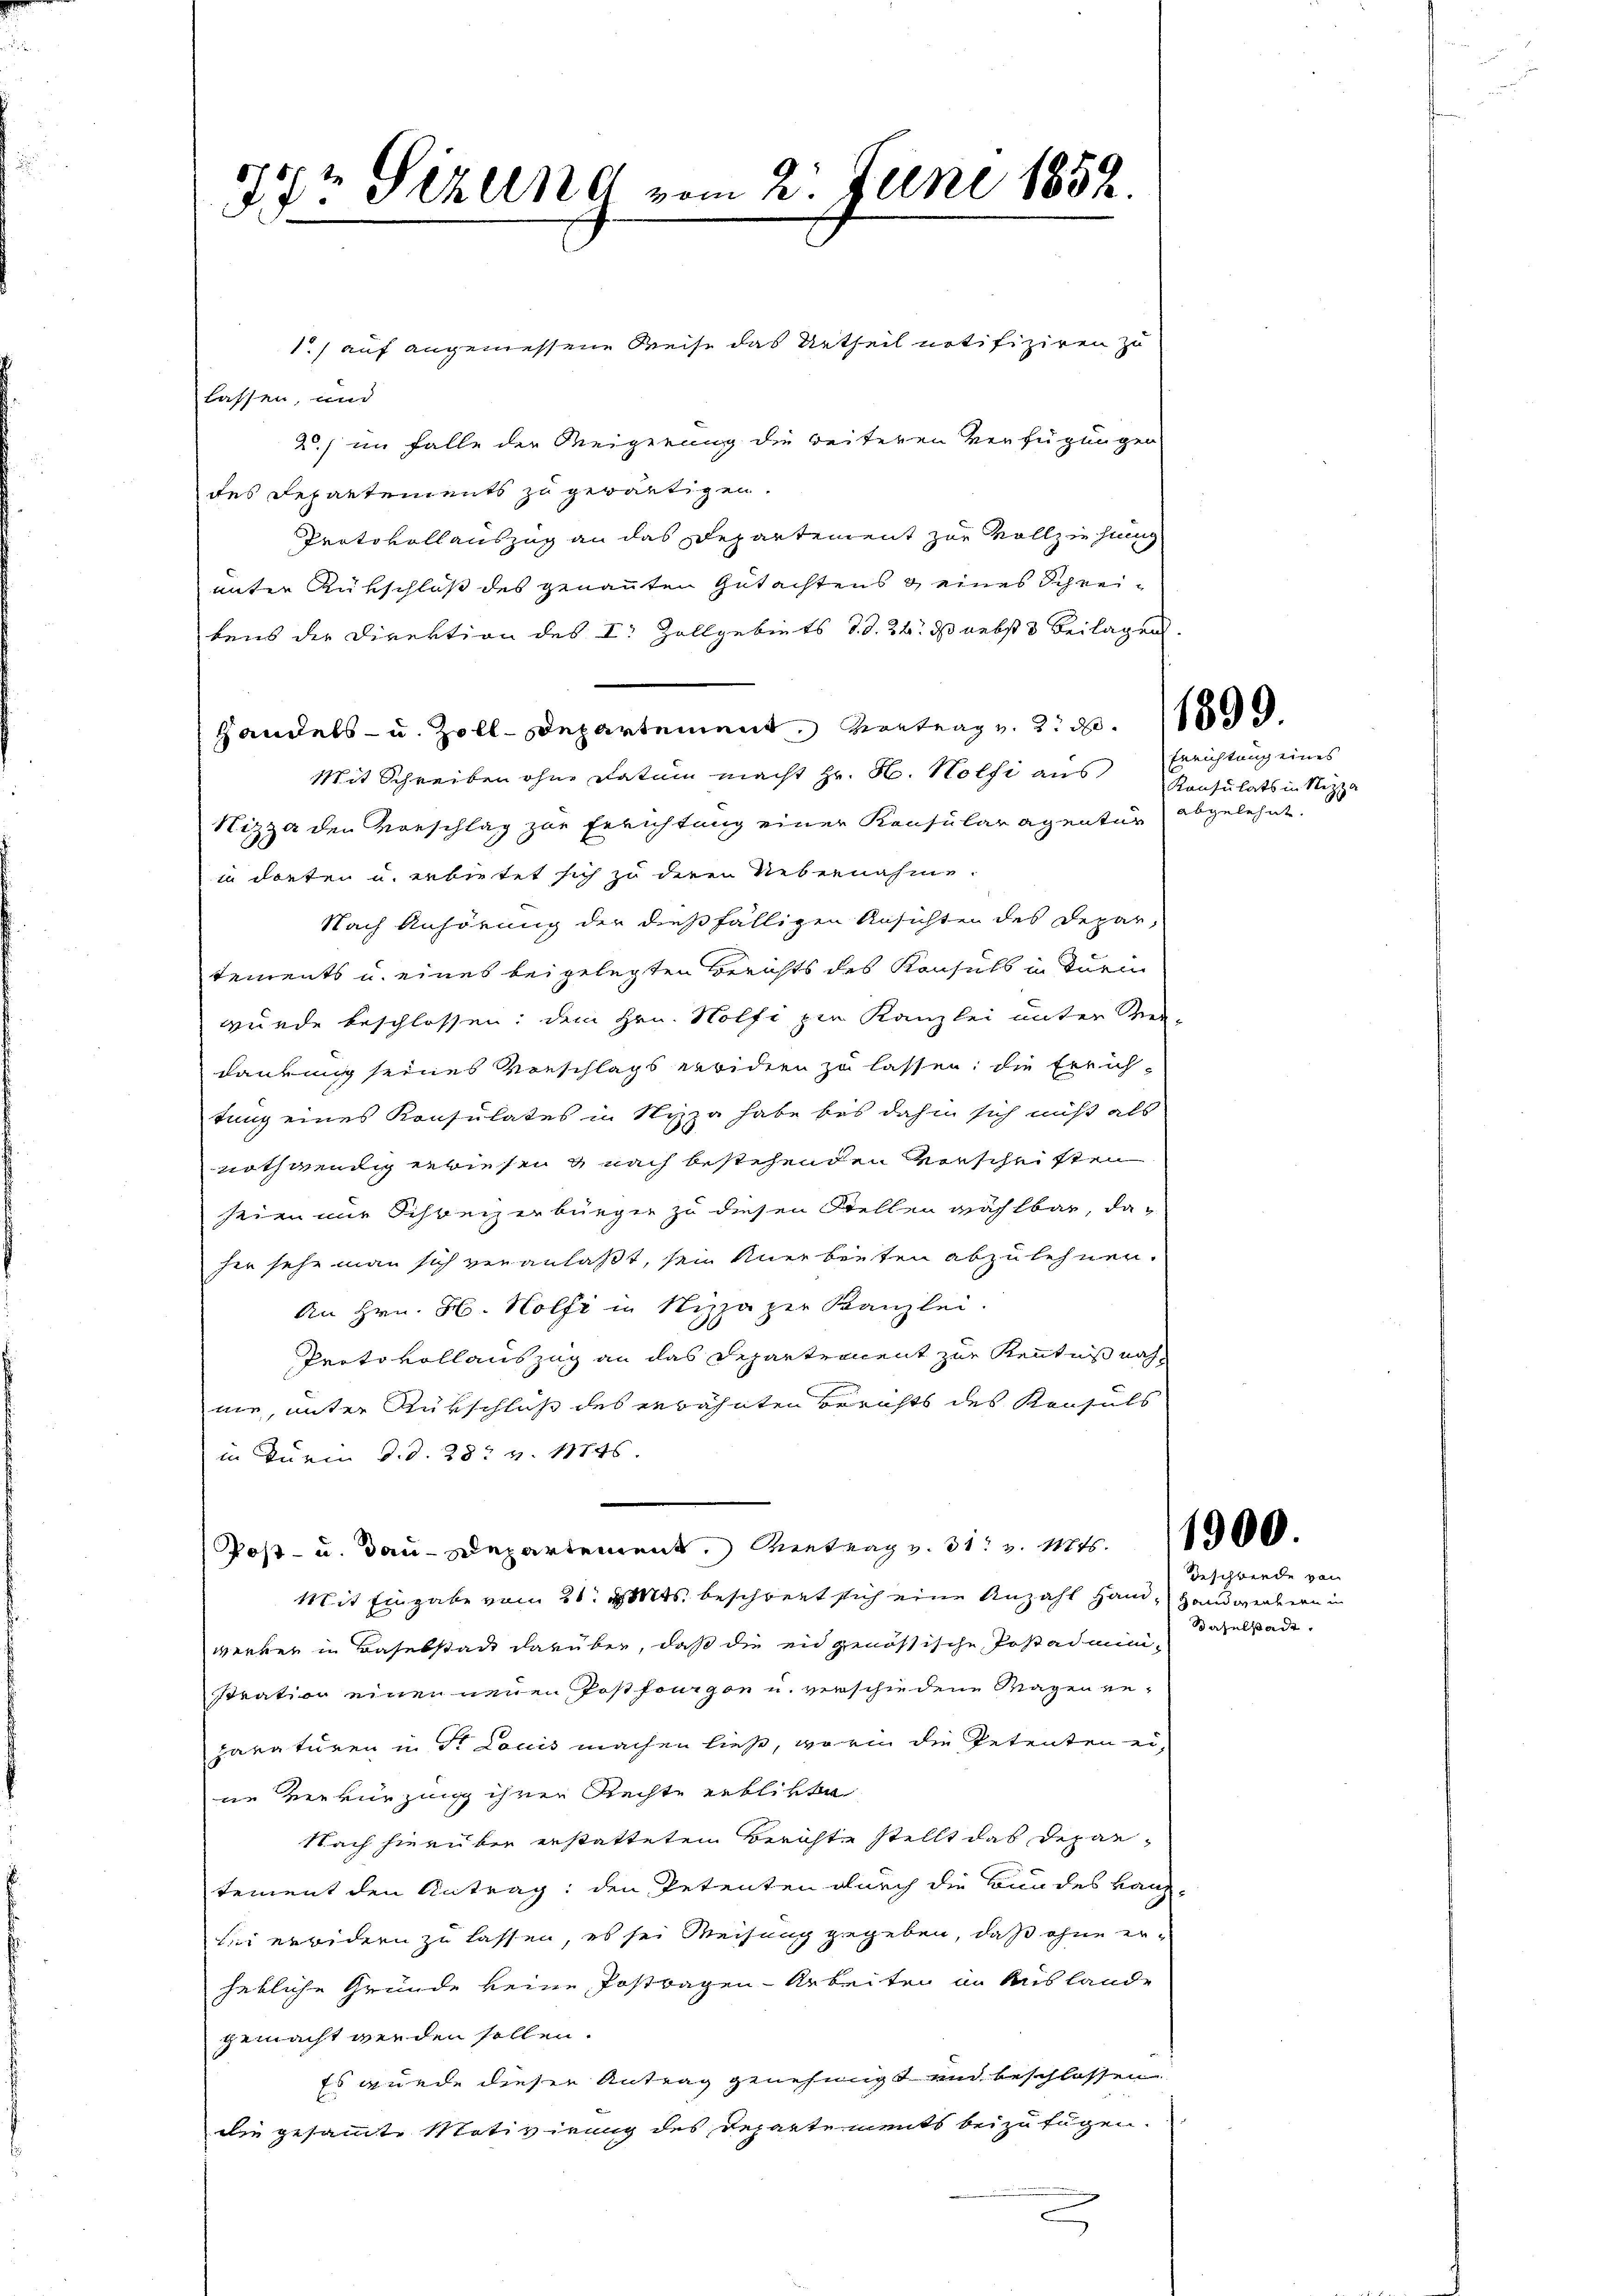
ddr Sizung vom 21. Juni 1852.

1) auf angemessene Reise das Urtheil notifiziren zu
lassen, und
20) im Falle der Weigerung die weiteren Verfügungen
des Departements zu gewärtigen.
Protokollauszug an das Departement zur Vollziehung
unter Rükschloß des genannten Gutachtens 3 eines Schreibens der Direktion des I. Zollgebiets d.d. 24. ds nebst 3 Beilagen.
Handels- u. Zoll-Departement Vortrag. 219.
Mit Schreiben ohne Datum macht Hr. H. Nolfi aus
Nizza den Vorschlag zur Errichtung einer Konsularagentur abgelehnt.
in dortei u. erbietet sich zu deren Uebernahme.
Nach Anhörung der dießfälligen Ansichten des Depar-
tements u. eines beigelegten Berichts des Konsuls in Türen
wurde beschlossen: dem Hrn. Holfi zur Kanzlei unter Ver-
dankung seines Vorschlags erwidern zu lassen; die Errichtung eines Konsulates in Nizza habe bis dahin sich nicht als
nothwendig erwiesen & nach bestehenden Verscheiften
sein nur Schweizerbürger zu diesen Stellen wählbar, da
her sehr man sich veranlaßt, sein Anerbieten abzulehnen.
An Hrn. H. Holfi in Nizzazer Kanzlei.
Proto vollauszug an das Departement zur Kenntniß nach
me, unter Rükschluß des erwähnten Berichts des Kaufels
in Turm d.d. 28. v. 11845.
Post- u. Bau-Departement entrag. 31. v. Mts.
Mit Eingabe vom 21. v. Mts. beschreit sich eine Anzahl Hand, Handwerkern in
werken in Baselstadt darüber, daß die eidgenössische Postadmini-
stration einen neuen Postfönigen u. verschiedene Magen erparaturen in Dr. Louis machen ließt, worin die Petenten eine Verkürzung ihren Rechte erblitte
Nach hierüber erstatteten Berichte stellt das Departement den Antrag: den Petenten durch die Bundes Haus-
tii erwidern zu lassen, es sei Weisung gegeben, daß ohne erhebliche Gründe keine Postragen-Arbeiten in Auslande
gemacht werden sollen.
Es wurde dieser Antrag genehmigt und beschlossen
die gesammte Motivirung des Departements beizufügen.
e

Errichtung eines
Konsulats in Nizza

Geschwende von
Baselstadt.